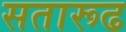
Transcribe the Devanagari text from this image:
सतारूढ